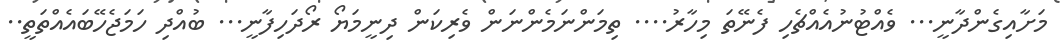
މަށާއިގެންދާނީ... ވެއްޓުނުއެއްޗެހި ފެނޭތަ މިހާރު.... ތިމަންނަމެންނަން ވެރިކަން ދިނީމަޔޯ ރޯދަހިފާނީ... ބުއްދި ހަމަޖެހޭބައެއްތަތީ..